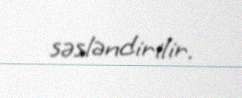
səsləndirilir.